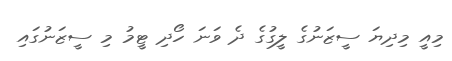
މިއީ މިދިޔަ ސީޒަނުގެ ލީގުގެ ދެ ވަނަ ހޯދި ޓީމު މި ސީޒަނުގައި